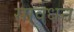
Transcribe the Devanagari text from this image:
सावधन